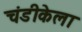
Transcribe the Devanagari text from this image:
चंडीकेला